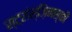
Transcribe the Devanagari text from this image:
स्ट्रांस्ज़िनस्की